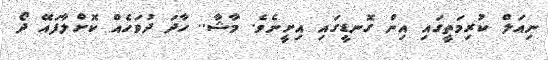
ނިއަލް ކުރިމަތީގައި އިން ގޮނޑީގައި އިށީނެވެ. މާޝާ.. ހާދަ ދުވަހެއް ކޮށްލާފައޭ ދޯ